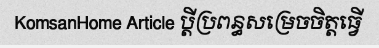
KomsanHome Article ប្តីប្រពន្ធសម្រេចចិត្តធ្វើ